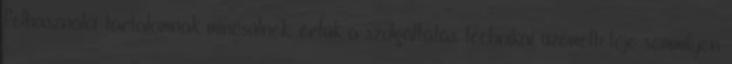
felhasználói tartalomnak minősülnek, értük a szolgáltatás technikai üzemeltetője semmilyen